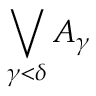
\bigvee _ { \gamma < \delta } { A _ { \gamma } }